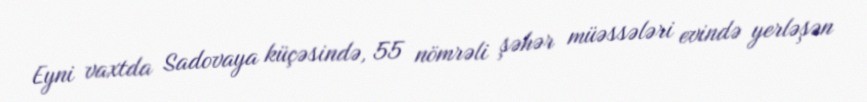
Eyni vaxtda Sadovaya küçəsində, 55 nömrəli şəhər müəssələri evində yerləşən